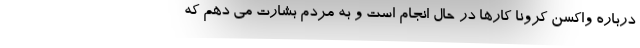
درباره واکسن کرونا کارها در حال انجام است و به مردم بشارت می دهم که